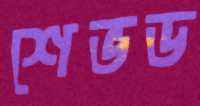
শেভড